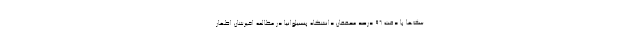
سگ‌ها با دقت ۹۶ درصد محققان دانشگاه پنسیلوانیا در مطالعه اخیرشان اظهار